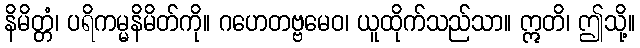
နိမိတ္တံ၊ ပရိကမ္မနိမိတ်ကို။ ဂဟေတဗ္ဗမေဝ၊ ယူထိုက်သည်သာ။ ဣတိ၊ ဤသို့။